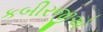
કબીરજીએ